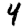
Digit: 4